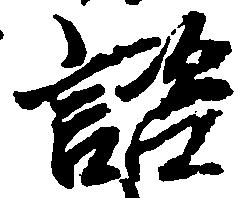
諮